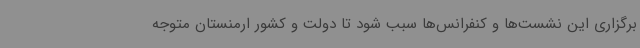
برگزاری این نشست‌ها و کنفرانس‌ها سبب شود تا دولت و کشور ارمنستان متوجه